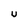
Character: U